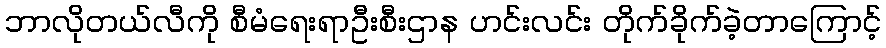
ဘာလိုတယ်လီကို စီမံရေးရာဦးစီးဌာန ဟင်းလင်း တိုက်ခိုက်ခဲ့တာကြောင့်